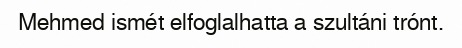
Mehmed ismét elfoglalhatta a szultáni trónt.